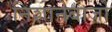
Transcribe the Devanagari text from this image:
निशानेबाज़ो